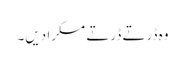
وہ ڈرتے ڈرتے مسکرا دیں۔